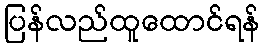
ပြန်လည်ထူထောင်ရန်